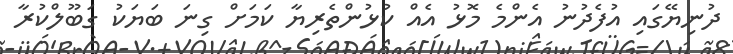
ދުނިޔޭގައި އުފެދުނު އެންމެ މޮޅު އެއް ކުޅުންތެރިޔާ ކަމަށް ގިނަ ބަޔަކު ގަބޫލްކުރާ